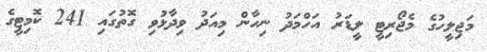
މަޖިލީހުގެ މެޖޯރިޓީ ލީޑަރު އަހްމަދު ނިހާން މިއަދު ވިދާޅުވި ގޮތުގައި 241 ކޮމިޓީގެ